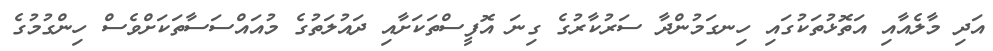
އަދި މާލެއާއި އަތޮޅުތަކުގައި ހިނގަމުންދާ ސަރުކާރުގެ ގިނަ އޮފީސްތަކަށާއި ދައުލަތުގެ މުއައްސަސާތަކަށްވެސް ހިންގުމުގެ